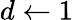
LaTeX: d\leftarrow 1